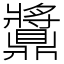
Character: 䵼